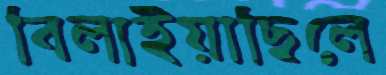
বিলাইয়াছিলে